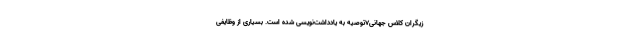
زیگران کلاس جهانی۷توصیه به یادداشت‌نویسی شده است. بسیاری از وظایفی